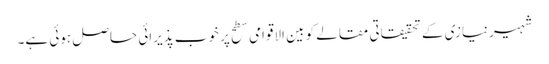
شہیرنیازی کے تحقیقاتی مقالے کو بین الاقوامی سطح پر خوب پذیرائی حاصل ہوئی ہے۔